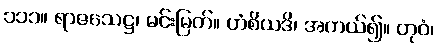
၁၁၁။ ရာဇသေဋ္ဌ၊ မင်းမြတ်။ ဟံစိယဒိ၊ အကယ်၍။ တုဝံ၊